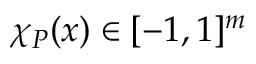
\chi _ { P } ( x ) \in [ - 1 , 1 ] ^ { m }